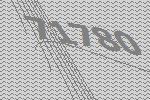
71780